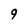
Character: 9